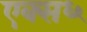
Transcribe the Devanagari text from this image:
एक्स६